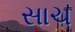
સાચ